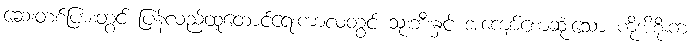
ဆေးတစ်ပြားတွင် ပြန်လည်ထူထောင်ရေးကာလတွင် သုံးဘီးနှင့် အကျော်စောဆုံးသော ကိုအိစိုးက